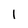
Character: l